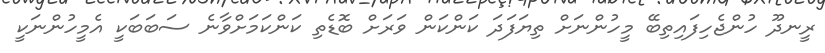
ރީނދޫ ހުންޖެހިފައިތިބޭ މީހުންނަށް ތިޔަފަދަ ކަންކަން ވަރަށް ބޮޑެތި ކަންކަމަށްވާނެ ސަބަބަކީ އެމީހުންނަކީ